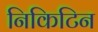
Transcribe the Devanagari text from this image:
निकिटिन